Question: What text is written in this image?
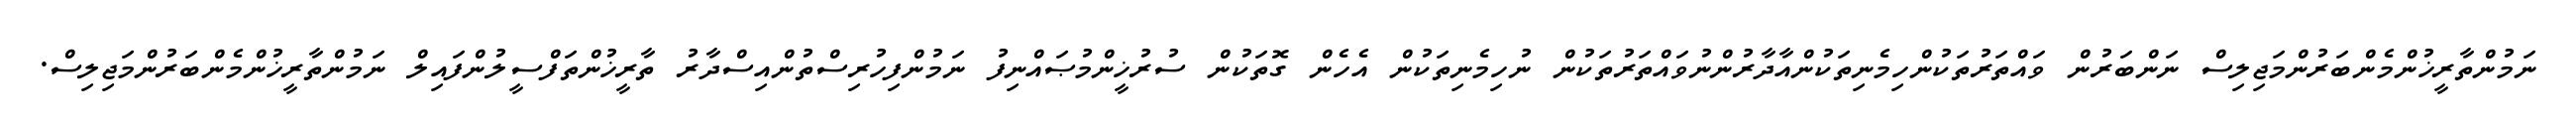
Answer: ނަމުންތާރީޚުންމެންބަރުންމަޖިލިސް ނަންބަރުން ވައްތަރުތަކުންހިމެނިތަކުންއާދާރުންނުވައްތަރުތަކުން ނުހިމެނިތަކުން އެހެން ގޮތަކުން ސުރުޚީންމުޞައްނިފު ނަމުންފިހުރިސްތުންއިސްދާރު ތާރީޚުންތަފްސީލުންފައިލް ނަމުންތާރީޚުންމެންބަރުންމަޖިލިސް.